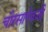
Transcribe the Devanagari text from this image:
चौरसाऐवजी